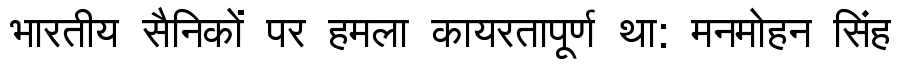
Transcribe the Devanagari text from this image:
भारतीय सैनिकों पर हमला कायरतापूर्ण था: मनमोहन सिंह